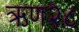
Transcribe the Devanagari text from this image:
ऋण२८